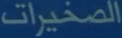
الصخيرات